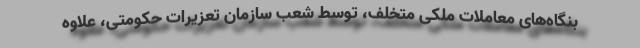
بنگاه‌های معاملات ملکی متخلف، توسط شعب سازمان تعزیرات حکومتی، علاوه